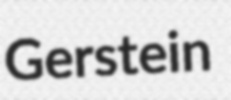
Gerstein